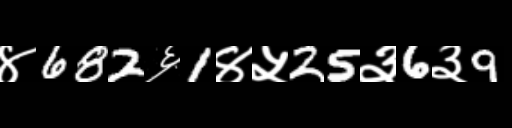
Text: ४682६1४५25३6३9